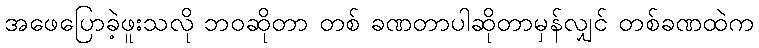
အဖေပြောခဲ့ဖူးသလို ဘဝဆိုတာ တစ် ခဏတာပါဆိုတာမှန်လျှင် တစ်ခဏထဲက